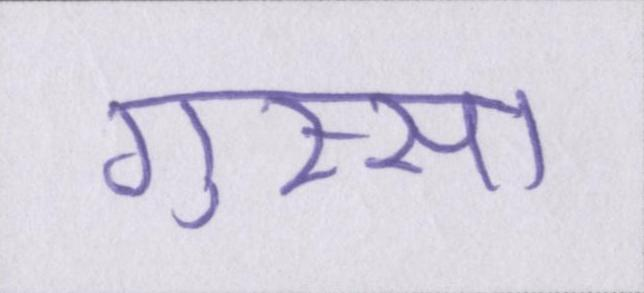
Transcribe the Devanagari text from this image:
गुस्सा